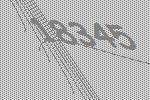
18345